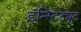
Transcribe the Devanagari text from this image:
इंन्स्टिट्यूट